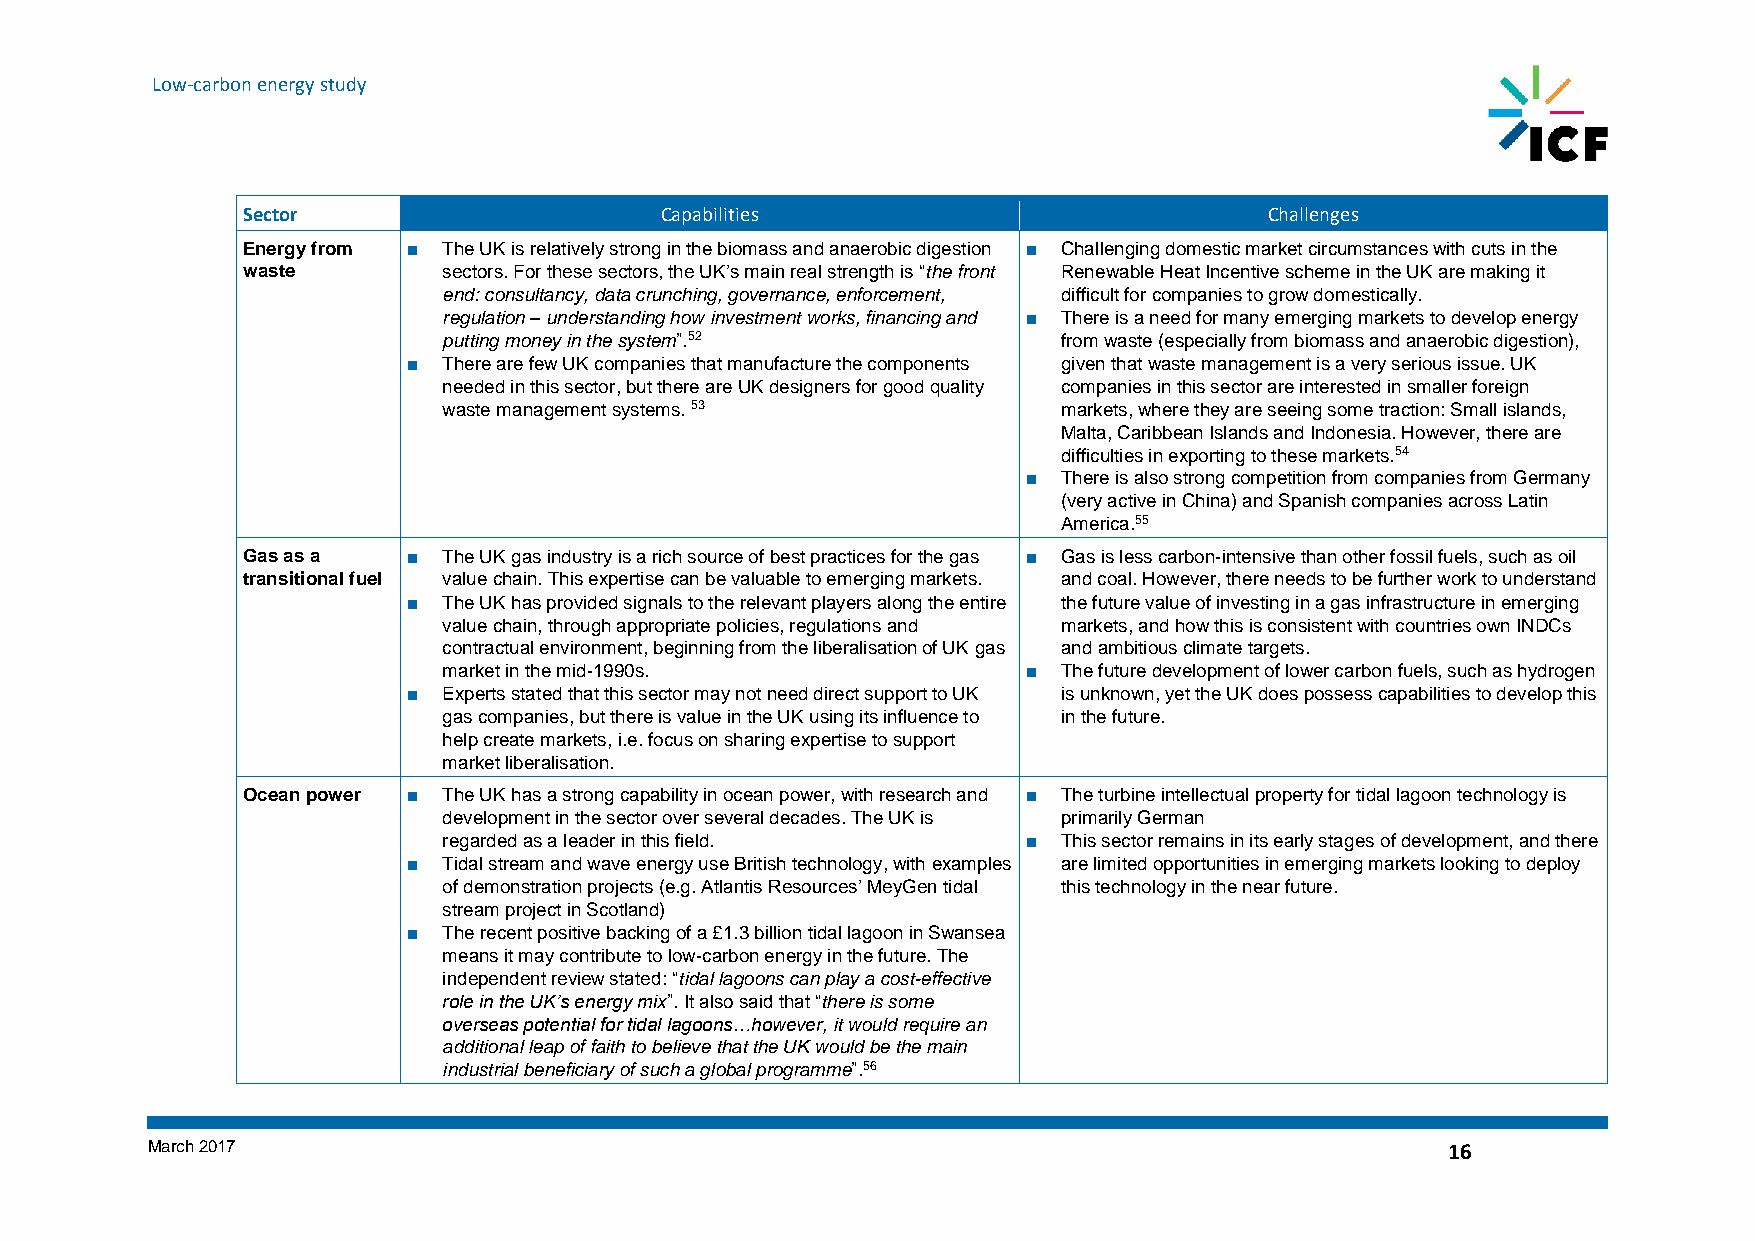
Low-carbon energy study
 Sector                      Capabilities                            Challenges
 Energy from ■ The UK is relatively strong in the biomass and anaerobic digestion ■ Challenging domestic market circumstances with cuts in the
 waste        sectors. For these sectors, the UK’s main real strength is “the front Renewable Heat Incentive scheme in the UK are making it
 end: consultancy, data crunching, governance, enforcement, difficult for companies to grow domestically.
 regulation – understanding how investment works, financing and ■ There is a need for many emerging markets to develop energy
 putting money in the system”.52          from waste (especially from biomass and anaerobic digestion),
 ■ There are few UK companies that manufacture the components given that waste management is a very serious issue. UK
 needed in this sector, but there are UK designers for good quality companies in this sector are interested in smaller foreign
 waste management systems. 53             markets, where they are seeing some traction: Small islands,
 Malta, Caribbean Islands and Indonesia. However, there are
 difficulties in exporting to these markets.54
 ■ There is also strong competition from companies from Germany
 (very active in China) and Spanish companies across Latin
 America.55
 Gas as a   ■ The UK gas industry is a rich source of best practices for the gas ■ Gas is less carbon-intensive than other fossil fuels, such as oil
 transitional fuel value chain. This expertise can be valuable to emerging markets. and coal. However, there needs to be further work to understand
 ■ The UK has provided signals to the relevant players along the entire the future value of investing in a gas infrastructure in emerging
 value chain, through appropriate policies, regulations and markets, and how this is consistent with countries own INDCs
 contractual environment, beginning from the liberalisation of UK gas and ambitious climate targets.
 market in the mid-1990s.               ■ The future development of lower carbon fuels, such as hydrogen
 ■ Experts stated that this sector may not need direct support to UK is unknown, yet the UK does possess capabilities to develop this
 gas companies, but there is value in the UK using its influence to in the future.
 help create markets, i.e. focus on sharing expertise to support
 market liberalisation.
 Ocean power ■ The UK has a strong capability in ocean power, with research and ■ The turbine intellectual property for tidal lagoon technology is
 development in the sector over several decades. The UK is primarily German
 regarded as a leader in this field.    ■ This sector remains in its early stages of development, and there
 ■ Tidal stream and wave energy use British technology, with examples are limited opportunities in emerging markets looking to deploy
 of demonstration projects (e.g. Atlantis Resources’ MeyGen tidal this technology in the near future.
 stream project in Scotland)
 ■ The recent positive backing of a £1.3 billion tidal lagoon in Swansea
 means it may contribute to low-carbon energy in the future. The
 independent review stated: “tidal lagoons can play a cost-effective
 role in the UK’s energy mix”. It also said that “there is some
 overseas potential for tidal lagoons…however, it would require an
 additional leap of faith to believe that the UK would be the main
 industrial beneficiary of such a global programme”.56
 March 2017                                                                            16